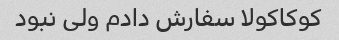
کوکاکولا سفارش دادم ولی نبود